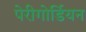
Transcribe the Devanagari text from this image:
पेरीगोर्डियन